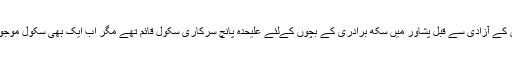
پاکستان کے آزادی سے قبل پشاور میں سکھ برادری کے بچوں کےلئے علیحدہ پانچ سرکاری سکول قائم تھے مگر اب ایک بھی سکول موجود نہیں۔